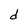
Character: d